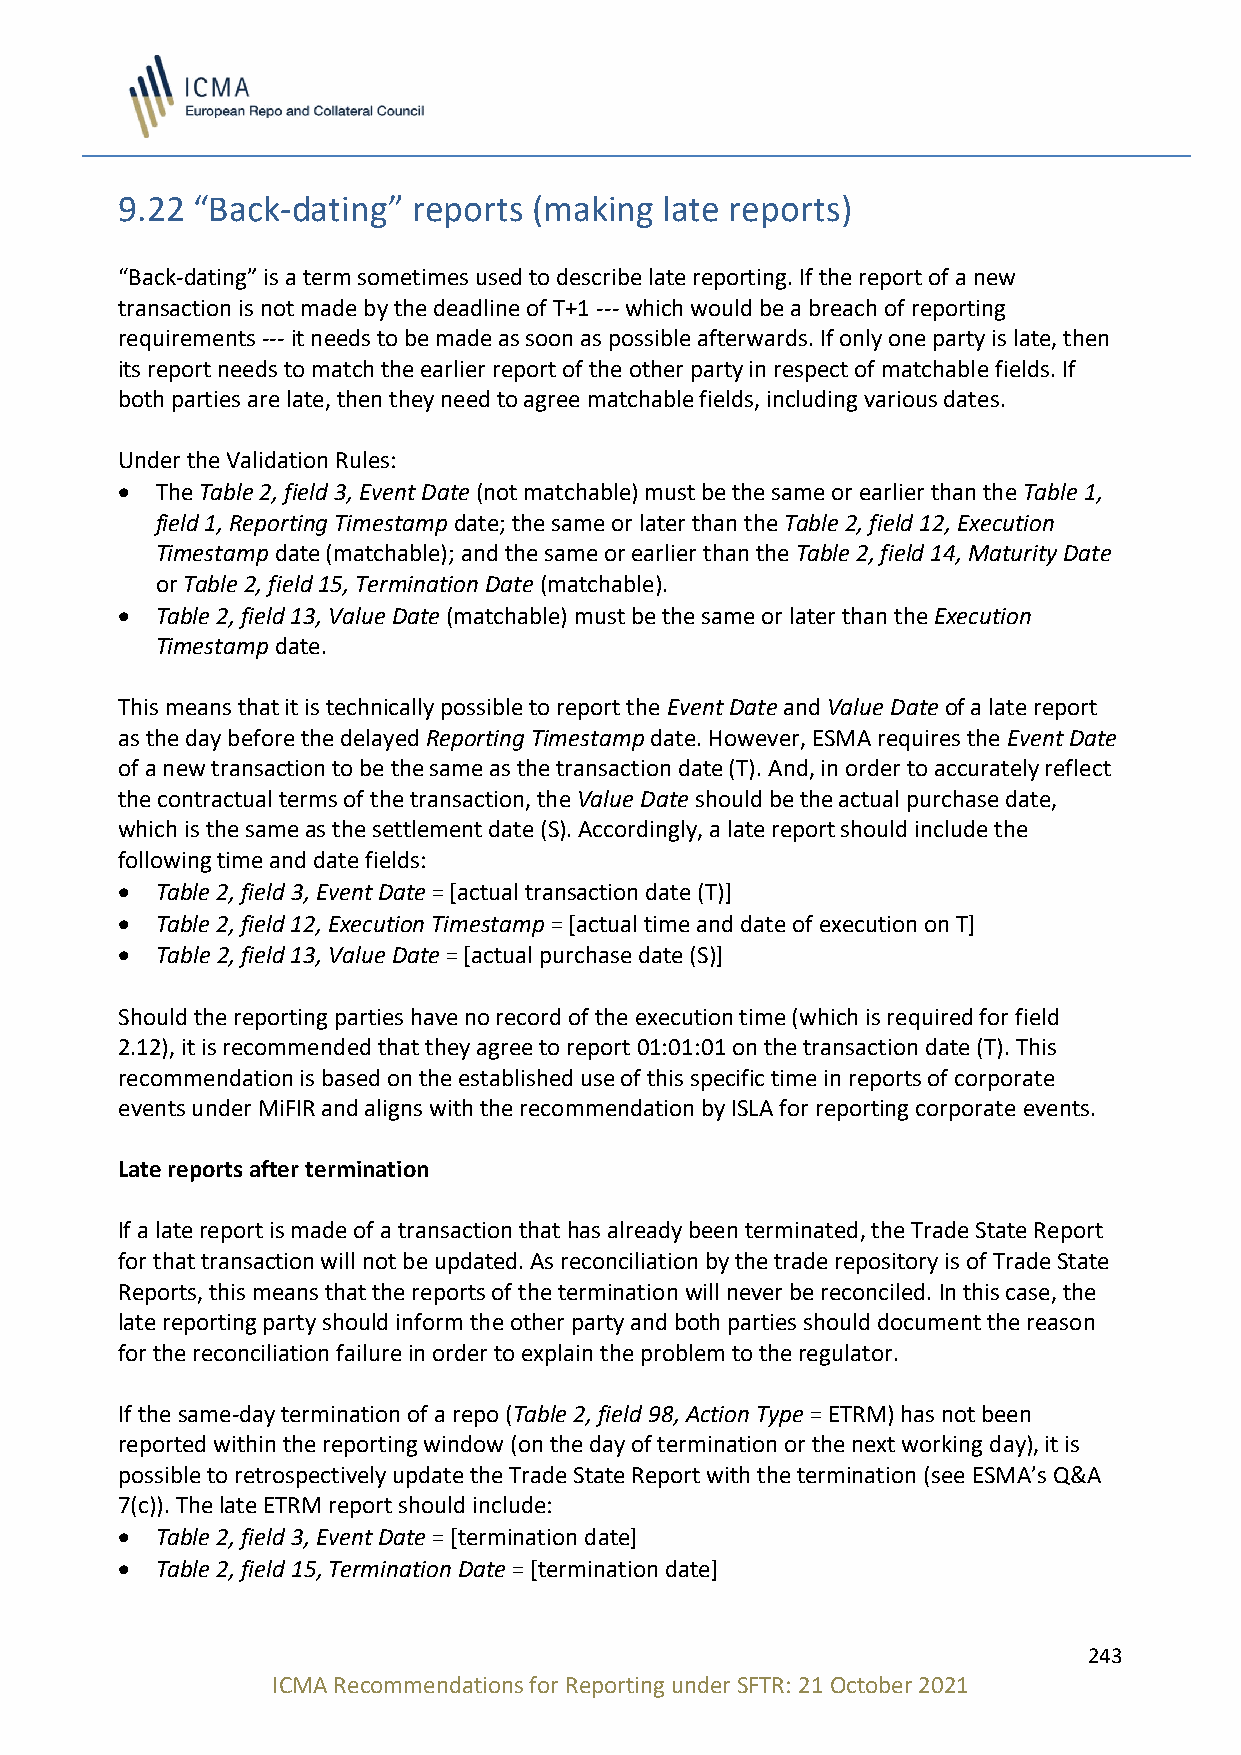
9.22 “Back-dating” reports (making  late reports)
 “Back-dating” is a term sometimes used to describe late reporting. If the report of a new
 transaction is not made by the deadline of T+1 --- which would be a breach of reporting
 requirements --- it needs to be made as soon as possible afterwards. If only one party is late, then
 its report needs to match the earlier report of the other party in respect of matchable fields. If
 both parties are late, then they need to agree matchable fields, including various dates.
 Under the Validation Rules:
 • The Table 2, field 3, Event Date (not matchable) must be the same or earlier than the Table 1,
 field 1, Reporting Timestamp date; the same or later than the Table 2, field 12, Execution
 Timestamp date (matchable); and the same or earlier than the Table 2, field 14, Maturity Date
 or Table 2, field 15, Termination Date (matchable).
 • Table 2, field 13, Value Date (matchable) must be the same or later than the Execution
 Timestamp date.
 This means that it is technically possible to report the Event Date and Value Date of a late report
 as the day before the delayed Reporting Timestamp date. However, ESMA requires the Event Date
 of a new transaction to be the same as the transaction date (T). And, in order to accurately reflect
 the contractual terms of the transaction, the Value Date should be the actual purchase date,
 which is the same as the settlement date (S). Accordingly, a late report should include the
 following time and date fields:
 • Table 2, field 3, Event Date = [actual transaction date (T)]
 • Table 2, field 12, Execution Timestamp = [actual time and date of execution on T]
 • Table 2, field 13, Value Date = [actual purchase date (S)]
 Should the reporting parties have no record of the execution time (which is required for field
 2.12), it is recommended that they agree to report 01:01:01 on the transaction date (T). This
 recommendation is based on the established use of this specific time in reports of corporate
 events under MiFIR and aligns with the recommendation by ISLA for reporting corporate events.
 Late reports after termination
 If a late report is made of a transaction that has already been terminated, the Trade State Report
 for that transaction will not be updated. As reconciliation by the trade repository is of Trade State
 Reports, this means that the reports of the termination will never be reconciled. In this case, the
 late reporting party should inform the other party and both parties should document the reason
 for the reconciliation failure in order to explain the problem to the regulator.
 If the same-day termination of a repo (Table 2, field 98, Action Type = ETRM) has not been
 reported within the reporting window (on the day of termination or the next working day), it is
 possible to retrospectively update the Trade State Report with the termination (see ESMA’s Q&A
 7(c)). The late ETRM report should include:
 • Table 2, field 3, Event Date = [termination date]
 • Table 2, field 15, Termination Date = [termination date]
 243
 ICMA Recommendations for Reporting under SFTR: 21 October 2021